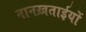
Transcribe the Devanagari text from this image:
नानख़ताईयों